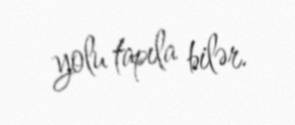
yolu tapıla bilər.